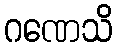
ဂဏေသိ